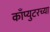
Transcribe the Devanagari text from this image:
काँप्युटरच्या